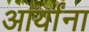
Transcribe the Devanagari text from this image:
आर्यांना